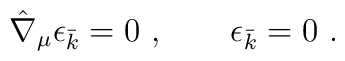
\hat \nabla _{\mu} \epsilon_{\bar k} = 0\ , \qquad \epsilon_{\bar k} = 0 \ .